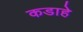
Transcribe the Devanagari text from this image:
कडाहे